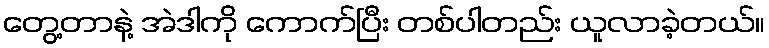
တွေ့တာနဲ့ အဲဒါကို ကောက်ပြီး တစ်ပါတည်း ယူလာခဲ့တယ်။